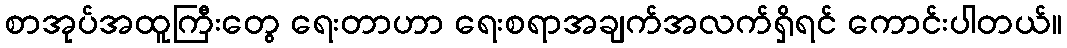
စာအုပ်အထူကြီးတွေ ရေးတာဟာ ရေးစရာအချက်အလက်ရှိရင် ကောင်းပါတယ်။